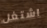
اشتغل